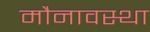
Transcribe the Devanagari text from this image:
मौनावस्था